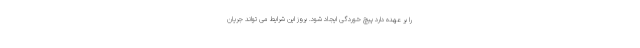
را بر عهده دارد پیچ خوردگی ایجاد شود. بروز این شرایط می تواند جریان